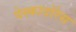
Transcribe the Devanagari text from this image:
पेस्कादोरेस